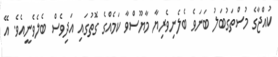
ކުއްޖާގެ މުސްތަގުބަލު ބަނަވެ ބެލެނިވެރިޔާ މާޔޫސްވާ ކަމެއްގެ ގޮތުގައި އަދިވެސް ބެލެވެނީއެވެ. އޭ